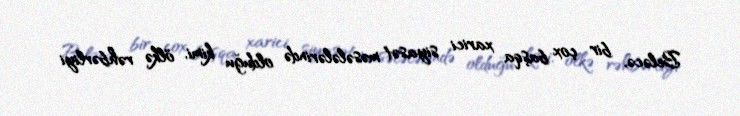
Beləcə, bir çox başqa xarici siyasət məsələlərində olduğu kimi, ölkə rəhbərliyi